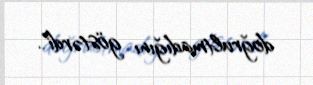
doğrultmadığını göstərdi".